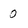
Character: 0